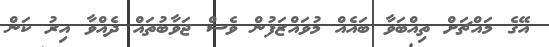
އޭގެ މައްޗަށް ތިއްބަވާ ބައެއް މުވައްޒަފުން ވެސް ޖަވާބުތައް ދެއްވާ އިރު ކަން